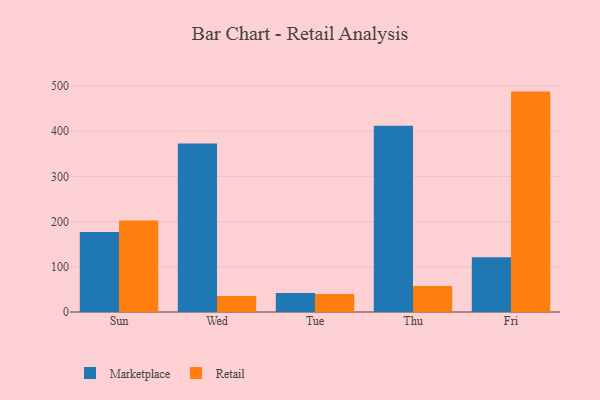
{"axis": {"x": "Day", "y": "Humidity (%)"}, "legend": ["Marketplace", "Retail"], "data": [{"x": "Sun", "y": 177.1, "type": "Marketplace"}, {"x": "Sun", "y": 202.2, "type": "Retail"}, {"x": "Wed", "y": 372.7, "type": "Marketplace"}, {"x": "Wed", "y": 35.5, "type": "Retail"}, {"x": "Tue", "y": 41.8, "type": "Marketplace"}, {"x": "Tue", "y": 39.9, "type": "Retail"}, {"x": "Thu", "y": 411.9, "type": "Marketplace"}, {"x": "Thu", "y": 57.7, "type": "Retail"}, {"x": "Fri", "y": 121.0, "type": "Marketplace"}, {"x": "Fri", "y": 487.7, "type": "Retail"}]}